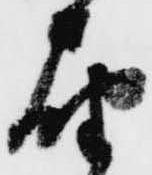
届